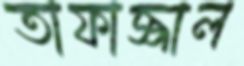
তাফাজ্জাল